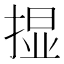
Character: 𱠚